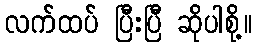
လက်ထပ် ပြီးပြီ ဆိုပါစို့။